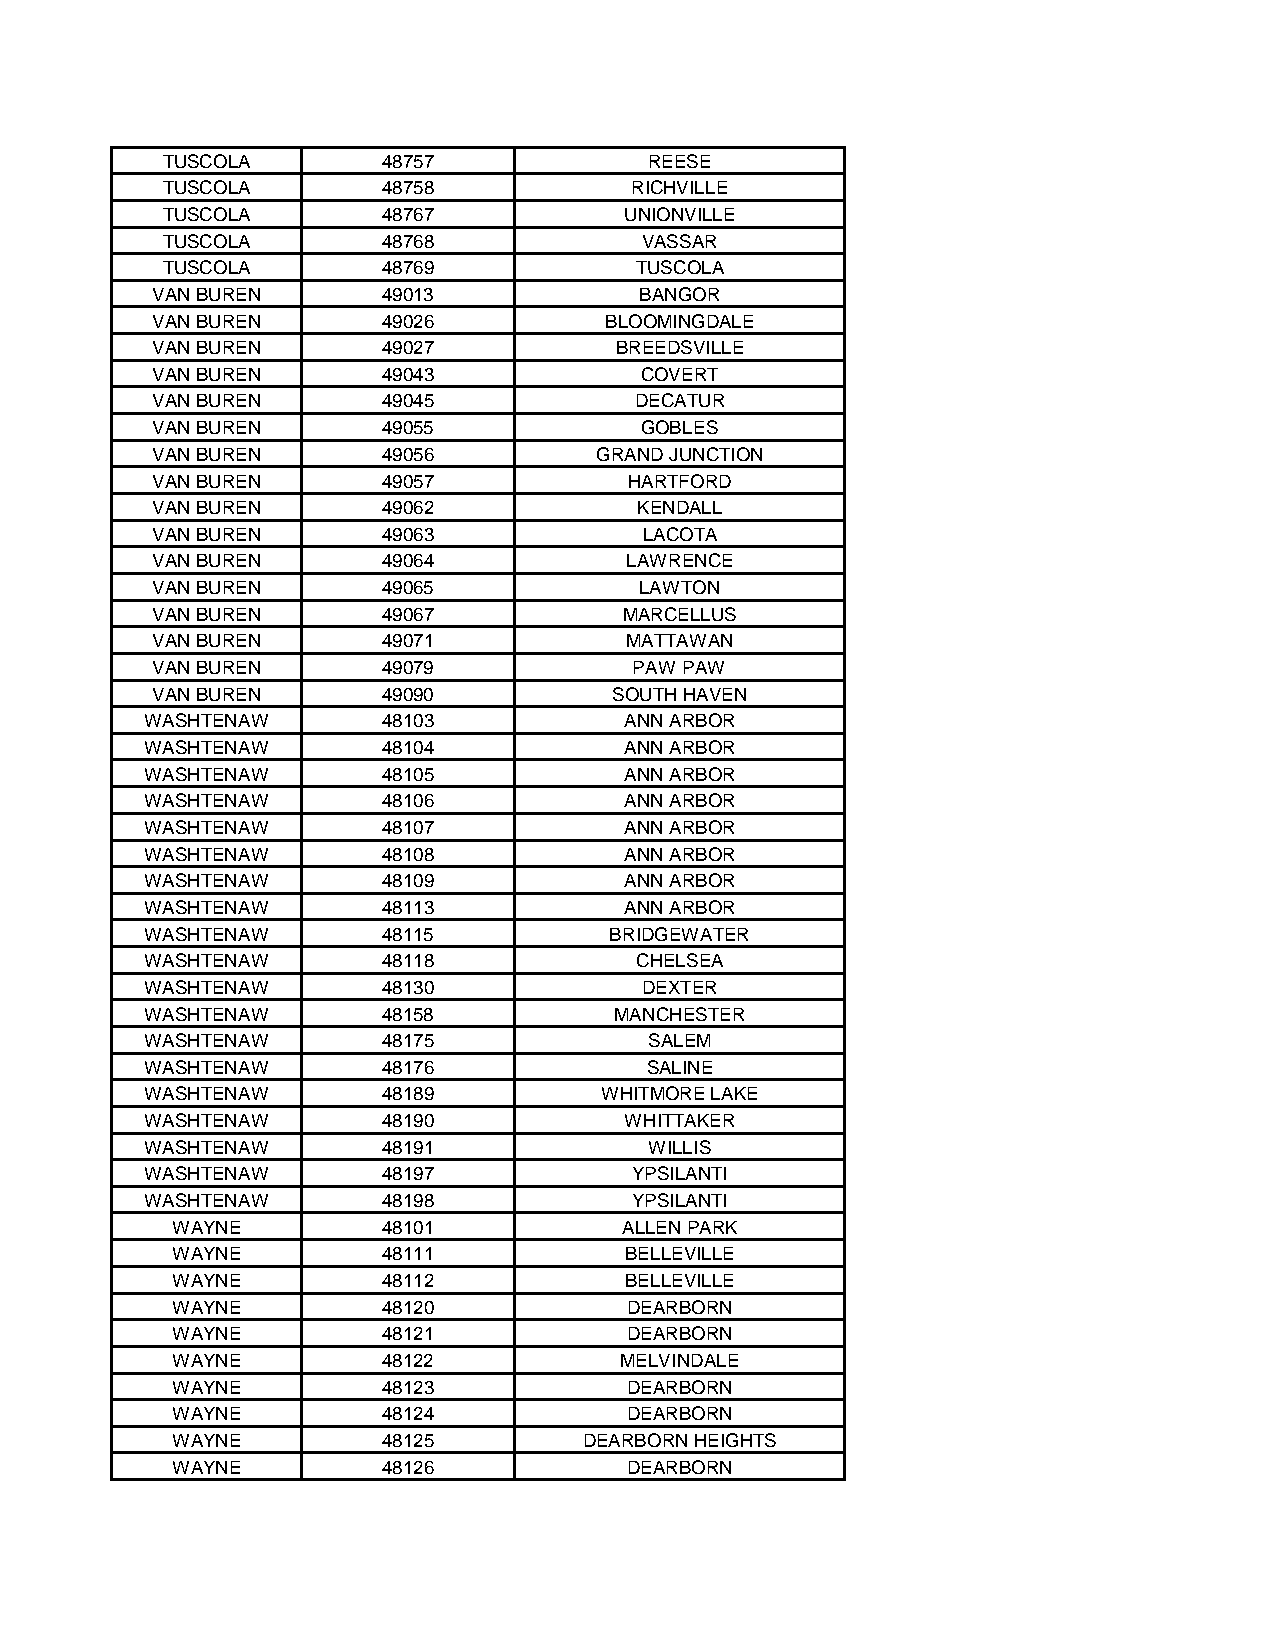
TUSCOLA       48757             REESE
 TUSCOLA       48758            RICHVILLE
 TUSCOLA       48767           UNIONVILLE
 TUSCOLA       48768             VASSAR
 TUSCOLA       48769            TUSCOLA
 VAN BUREN      49013            BANGOR
 VAN BUREN      49026          BLOOMINGDALE
 VAN BUREN      49027           BREEDSVILLE
 VAN BUREN      49043            COVERT
 VAN BUREN      49045            DECATUR
 VAN BUREN      49055            GOBLES
 VAN BUREN      49056         GRAND JUNCTION
 VAN BUREN      49057            HARTFORD
 VAN BUREN      49062            KENDALL
 VAN BUREN      49063             LACOTA
 VAN BUREN      49064           LAWRENCE
 VAN BUREN      49065            LAWTON
 VAN BUREN      49067           MARCELLUS
 VAN BUREN      49071           MATTAWAN
 VAN BUREN      49079            PAW PAW
 VAN BUREN      49090           SOUTH HAVEN
 WASHTENAW      48103           ANN ARBOR
 WASHTENAW      48104           ANN ARBOR
 WASHTENAW      48105           ANN ARBOR
 WASHTENAW      48106           ANN ARBOR
 WASHTENAW      48107           ANN ARBOR
 WASHTENAW      48108           ANN ARBOR
 WASHTENAW      48109           ANN ARBOR
 WASHTENAW      48113           ANN ARBOR
 WASHTENAW      48115          BRIDGEWATER
 WASHTENAW      48118            CHELSEA
 WASHTENAW      48130             DEXTER
 WASHTENAW      48158           MANCHESTER
 WASHTENAW      48175             SALEM
 WASHTENAW      48176             SALINE
 WASHTENAW      48189          WHITMORE LAKE
 WASHTENAW      48190           WHITTAKER
 WASHTENAW      48191             WILLIS
 WASHTENAW      48197            YPSILANTI
 WASHTENAW      48198            YPSILANTI
 WAYNE         48101           ALLEN PARK
 WAYNE         48111           BELLEVILLE
 WAYNE         48112           BELLEVILLE
 WAYNE         48120            DEARBORN
 WAYNE         48121            DEARBORN
 WAYNE         48122           MELVINDALE
 WAYNE         48123            DEARBORN
 WAYNE         48124            DEARBORN
 WAYNE         48125         DEARBORN HEIGHTS
 WAYNE         48126            DEARBORN